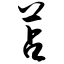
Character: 苫